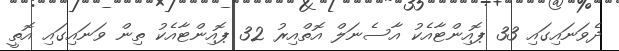
ދެވަނައިގައި 33 ޕޮއިންޓާއެކު އާސެނަލް އޮތްއިރު 32 ޕޮއިންޓާއެކު ތިން ވަނައިގައި އޮތީ